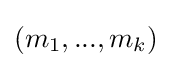
(m_{1},...,m_{k})